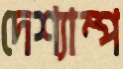
দেশ্যাম্প